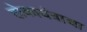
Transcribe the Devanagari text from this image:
होकायंत्राचा